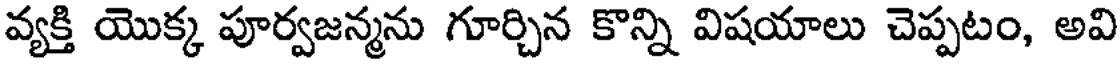
వ్యక్తి యొక్క పూర్వజన్మను గూర్చిన కొన్ని విషయాలు చెప్పటం, అవి